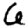
Digit: 6